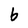
Character: b